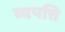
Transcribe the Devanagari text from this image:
व्यपत्ति